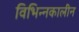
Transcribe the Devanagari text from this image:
विभिन्नकालीन